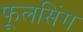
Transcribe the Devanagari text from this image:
फूलसिंग